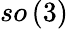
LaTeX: so\left(3\right)